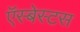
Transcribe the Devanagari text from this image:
ऍस्बेस्टस